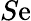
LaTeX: S\mathrm{e}